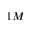
1 M